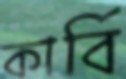
কার্বি